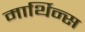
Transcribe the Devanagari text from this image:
मार्थिन्स